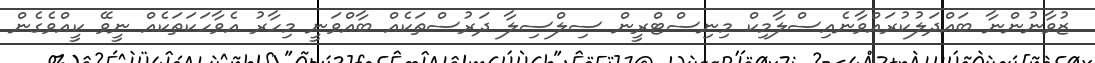
ޒުވާނުންނާ ބައްދަލުކުރައްވާނެއިސްލާމިކް މިނިސްޓްރީން ސިލްސިލާ ދަރުސްތަކެއް ބާއްވަނީ މިހާރު އެވާހަކަތަކެއް ނީވޭ ކީއްވެގެން